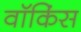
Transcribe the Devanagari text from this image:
वॉकिंस